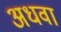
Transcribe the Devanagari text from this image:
अधवा